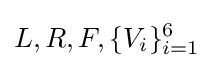
L,R,F,\{V_{i}\}_{i=1}^{6}